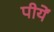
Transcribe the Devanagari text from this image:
पीयें